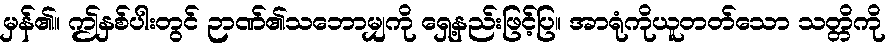
မှန်၏။ ဤနှစ်ပါးတွင် ဉာဏ်၏သဘောမျှကို ရှေ့နည်းဖြင့်ပြ။ အာရုံကိုယူတတ်သော သတ္တိကို